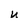
Character: u